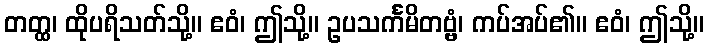
တတ္ထ၊ ထိုပရိသတ်သို့။ ဧဝံ၊ ဤသို့။ ဥပသင်္ကမိတဗ္ဗံ၊ ကပ်အပ်၏။ ဧဝံ၊ ဤသို့။